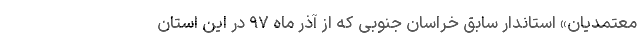
معتمدیان» استاندار سابق خراسان جنوبی که از آذر ماه ۹۷ در این استان